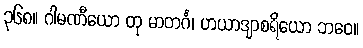
၃၆၈။ ဂါမဏီယော တု မာတင်္ဂ၊ ဟယာဒျာစရိယော ဘဝေ။